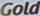
Gold